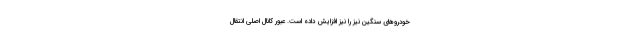
خودروهای سنگین نیز را نیز افزایش داده است. عبور کانال اصلی انتقال